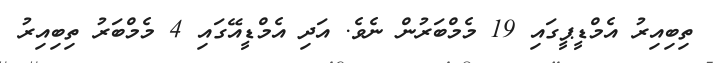
ތިބިއިރު އެމްޑީޕީގައި 19 މެމްބަރުން ނެވެ. އަދި އެމްޑީއޭގައި 4 މެމްބަރު ތިބިއިރު